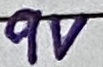
Text: 9V